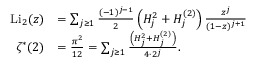
{ \begin{array} { r l } { { \mathrm { L i } } _ { 2 } ( z ) } & { = \sum _ { j \geq 1 } { \frac { ( - 1 ) ^ { j - 1 } } { 2 } } \left( H _ { j } ^ { 2 } + H _ { j } ^ { ( 2 ) } \right) { \frac { z ^ { j } } { ( 1 - z ) ^ { j + 1 } } } } \\ { \zeta ^ { \ast } ( 2 ) } & { = { \frac { \pi ^ { 2 } } { 1 2 } } = \sum _ { j \geq 1 } { \frac { \left( H _ { j } ^ { 2 } + H _ { j } ^ { ( 2 ) } \right) } { 4 \cdot 2 ^ { j } } } . } \end{array} }